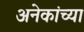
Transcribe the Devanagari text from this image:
अनेकांच्‍या